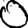
Digit: 0